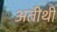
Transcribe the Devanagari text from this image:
अतीथी